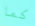
كما